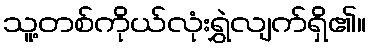
သူ့တစ်ကိုယ်လုံးရွှဲလျက်ရှိ၏။